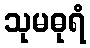
သုမဓုရံ